Plague in India, 1896, 1897 - Volume 1
Year: 1896
Disease focus: Plague
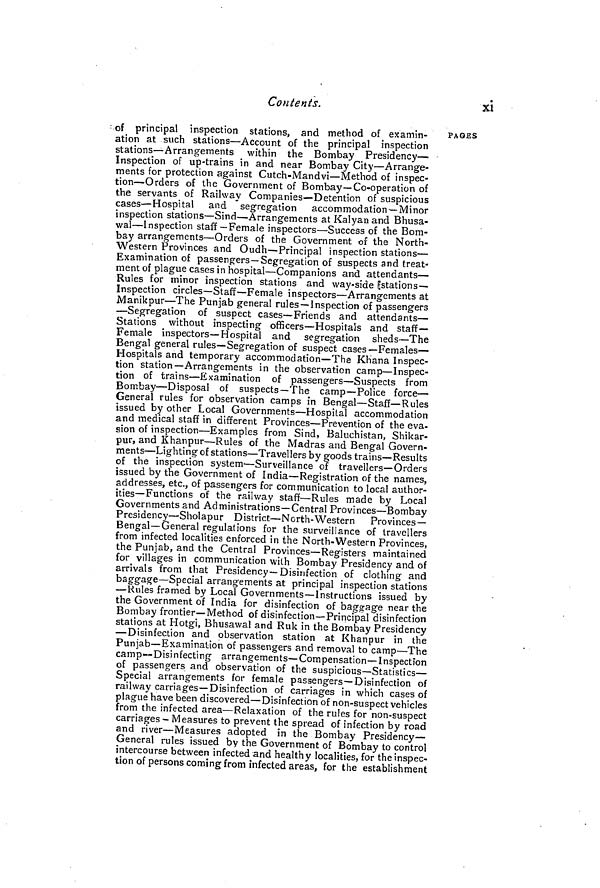
Contents.
xi
of principal inspection stations, and method of examin-
ation at such stations—Account of the principal inspection
stations—Arrangements within the Bombay Presidency—
Inspection of up-trains in and near Bombay City—Arrange-
ments for protection against Cutch-Mandvi—Method of inspec-
tion—Orders of the Government of Bombay—Co-operation of
the servants of Railway Companies—Detention of suspicious
cases—Hospital
and segregation accommodation—Minor
inspection stations—Sind—Arrangements at Kalyan and Bhusa-
wal—Inspection staff—Female inspectors—Success of the Bom-
bay arrangements—Orders of the Government of the North-
Western Provinces and Oudh—Principal inspection stations—
Examination of passengers—Segregation of suspects and treat-
ment of plague cases in hospital—Companions and attendants—
Rules for minor inspection stations and way-side Estations—
Inspection circles—Staff—Female inspectors—Arrangements at
Manikpur—The Punjab general rules—Inspection of passengers
—Segregation of suspect cases—Friends and attendants—
Stations without inspecting officers—Hospitals and staff—
Female inspectors—Hospital and segregation sheds—The
Bengal general rules—Segregation of suspect cases—Females—
Hospitals and temporary accommodation—The Khana Inspec-
tion station—Arrangements in the observation camp—Inspec-
tion of trains—Examination of passengers—Suspects from
Bombay—Disposal of suspects—The camp—Police force —
General rules for observation camps in Bengal—Staff—Rules
issued by other Local Governments—Hospital accommodation
and medical staff in different Provinces—Prevention of the eva-
sion of inspection—Examples from Sind, Baluchistan, Shikar-
pur, and Khanpur—Rules of the Madras and Bengal Govern-
ments—Lighting of stations—Travellers by goods trains—Results
of the inspection system—Surveillance of travellers—Orders
issued by the Government of India—Registration of the names,
addresses, etc., of passengers for communication to local author-
ities—Functions of the railway staff—Rules made by Local
Governments and Administrations—Central Provinces—Bombay
Presidency—Sholapur District—North-Western
Provinces-
Bengal—General regulations for the surveillance of travellers
from infected localities enforced in the North-Western Provinces,
the Punjab, and the Central Provinces—Registers maintained
for villages in communication with Bombay Presidency and of
arrivals from that Presidency—Disinfection of clothing and
baggage—Special arrangements at principal inspection stations
—Rules framed by Local Governments—Instructions issued by
the Government of India for disinfection of baggage near the
Bombay frontier—Method of disinfection—Principal disinfection
stations at Hotgi, Bhusawal and Rule in the Bombay Presidency
—Disinfection and observation station at Khanpur in the
Punjab—Examination of passengers and removal to camp—The
camp—Disinfecting arrangements—Compensation—Inspection
of passengers and observation of the suspicious—Statistics—
Special arrangements for female passengers—Disinfection of
railway carriages—Disinfection of carriages in which cases of
plague have been discovered—Disinfection of non-suspect vehicles
from the infected area—Relaxation of the rules for non-suspect
carriages - Measures to prevent the spread of infection by road
and river—Measures adopted in the Bombay Presidency—
General rules issued by the Government of Bombay to control
intercourse between infected and healthy localities, for the inspec-
tion of persons coming from infected areas, for the establishment
PAGES